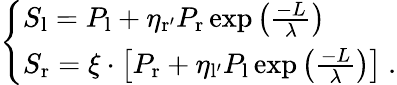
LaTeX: \left\{ \begin{array}{ll}{S_{\mathrm{l}}=P_{\mathrm{l}}+\eta_{\mathrm{r^{\prime}}}P_{\mathrm{r}}\exp\left(\frac{-L}{\lambda}\right)}\\ {S_{\mathrm{r}}=\xi\cdot\left[P_{\mathrm{r}}+\eta_{\mathrm{l^{\prime}}}P_{\mathrm{l}}\exp\left(\frac{-L}{\lambda}\right)\right]\ .}\end{array}\right.